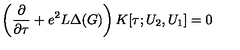
\left( \frac { \partial } { \partial \tau } + e ^ { 2 } L \Delta ( G ) \right) K [ \tau ; U _ { 2 } , U _ { 1 } ] = 0